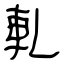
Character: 軋